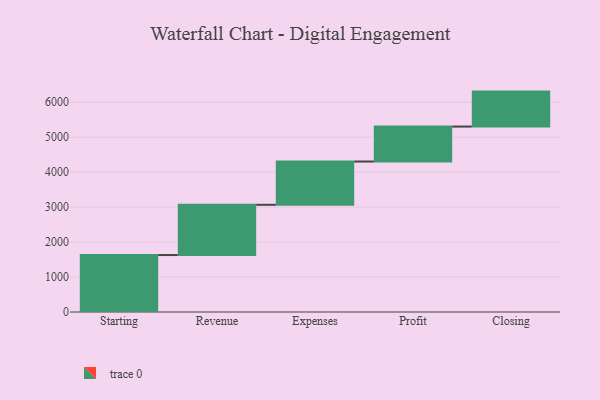
{"axis": {"x": "Step", "y": "Value"}, "legend": [""], "data": [{"x": "Starting", "y": 1629.0, "type": ""}, {"x": "Revenue", "y": 1437.0, "type": ""}, {"x": "Expenses", "y": 1237.0, "type": ""}, {"x": "Profit", "y": 1000, "type": ""}, {"x": "Closing", "y": 1000, "type": ""}]}